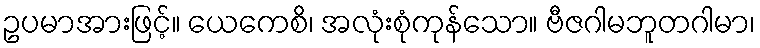
ဥပမာအားဖြင့်။ ယေကေစိ၊ အလုံးစုံကုန်သော။ ဗီဇဂါမဘူတဂါမာ၊